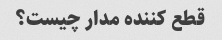
قطع کننده مدار چیست؟